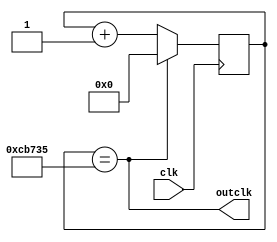
module clk60hz(
	input wire clk,
	output wire outclk
);
	reg [19:0] cnt = 0;
	assign outclk = cnt == 833333;
	always @(posedge clk)
		if(outclk)
			cnt <= 0;
		else
			cnt <= cnt + 20'b1;
endmodule